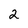
Character: 2